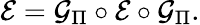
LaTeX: \mathcal{E}=\mathcal{G}_{\Pi}\circ\mathcal{E}\circ\mathcal{G}_{\Pi}.